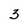
Character: 3